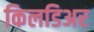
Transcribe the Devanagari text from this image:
किलडिअर